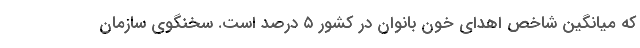
که میانگین شاخص اهدای خون بانوان در کشور ۵ درصد است. سخنگوی سازمان